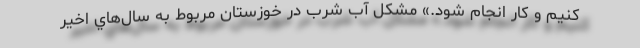
كنيم و كار انجام شود.» مشكل آب شرب در خوزستان مربوط به سال‌هاي اخير